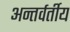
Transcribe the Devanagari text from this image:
अन्‍तर्वर्तीय